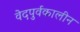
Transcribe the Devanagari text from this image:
वेदपुर्वकालीन